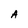
Character: A